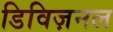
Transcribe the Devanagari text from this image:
डिविज़नल